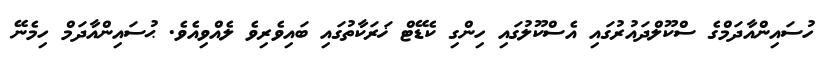
ހުސައިންއާދަމްގެ ސްކޫލްދައުރުގައި އެސްކޫލުގައި ހިންގި ކެޑޭޓް ޚަރަކާތުގައި ބައިވެރިވެ ލެއްވިއެވެ. ޙުސައިންއާދަމް ހިމެނޭ